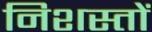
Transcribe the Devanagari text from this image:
निशस्तों